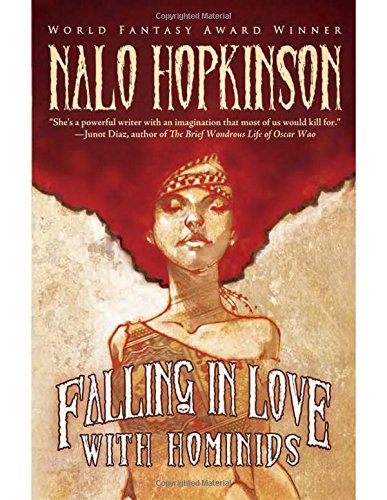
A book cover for Falling in Love with Hominids; Nalo Hopkinson; Science Fiction & Fantasy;